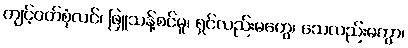
ကျင့်ဝတ်စုံလင်၊ ဖြူသန့်စင်မူ၊ ရှင်လည်းမကွေ၊ သေလည်းမကွာ၊